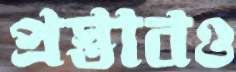
প্রস্তাবও